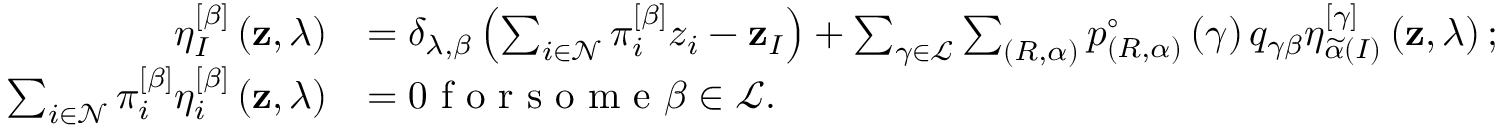
\begin{array} { r l } { \eta _ { I } ^ { \left[ \beta \right] } \left( \mathbf { z } , \lambda \right) } & { = \delta _ { \lambda , \beta } \left( \sum _ { i \in \mathcal { N } } \pi _ { i } ^ { \left[ \beta \right] } z _ { i } - \mathbf { z } _ { I } \right) + \sum _ { \gamma \in \mathcal { L } } \sum _ { \left( R , \alpha \right) } p _ { \left( R , \alpha \right) } ^ { \circ } \left( \gamma \right) q _ { \gamma \beta } \eta _ { \widetilde { \alpha } \left( I \right) } ^ { \left[ \gamma \right] } \left( \mathbf { z } , \lambda \right) ; } \\ { \sum _ { i \in \mathcal { N } } \pi _ { i } ^ { \left[ \beta \right] } \eta _ { i } ^ { \left[ \beta \right] } \left( \mathbf { z } , \lambda \right) } & { = 0 \textrm { f o r s o m e } \beta \in \mathcal { L } . } \end{array}